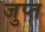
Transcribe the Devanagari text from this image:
जुप्त